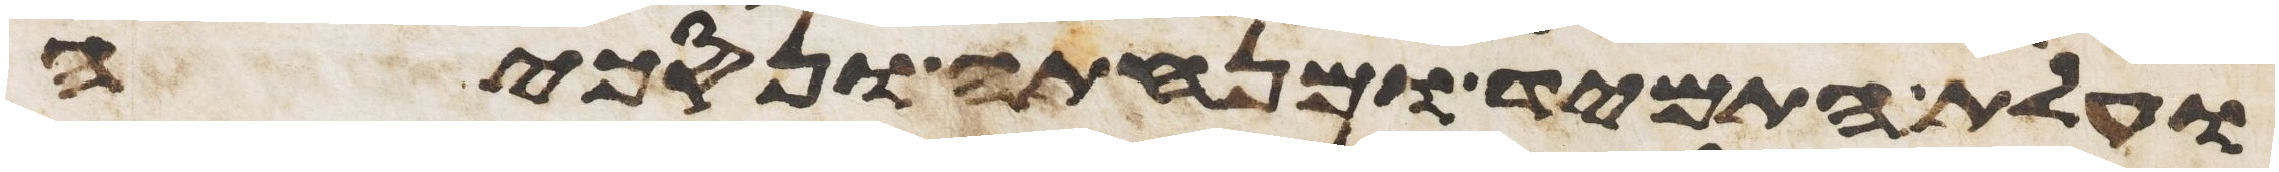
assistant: ועלת התמיד ומנחתה ונסכיה